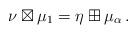
LaTeX: \begin{align*}\nu\boxtimes\mu_1=\eta\boxplus\mu_\alpha\,.\end{align*}